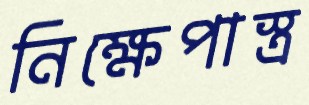
নিক্ষেপাস্ত্র